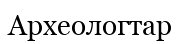
Археологтар